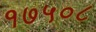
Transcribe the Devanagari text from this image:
१७५०८